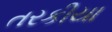
તરકીયા